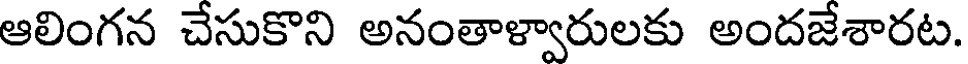
ఆలింగన చేసుకొని అనంతాళ్వారులకు అందజేశారట.